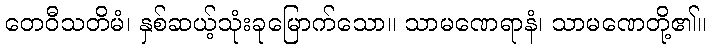
တေဝီသတိမံ၊ နှစ်ဆယ့်သုံးခုမြောက်သော။ သာမဏေရာနံ၊ သာမဏေတို့၏။